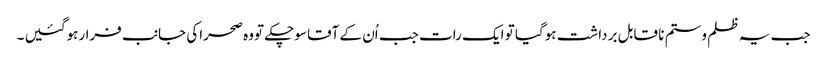
جب یہ ظلم وستم نا قابل برداشت ہوگیا تو ایک رات جب اُن کے آقا سوچکے تووہ صحراکی جانب فرارہوگئیں ۔